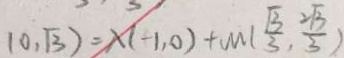
( 0 , \sqrt { 3 } ) = \lambda ( - 1 , 0 ) + m ( \frac { \sqrt { 3 } } { 3 } , \frac { 2 \sqrt { 3 } } { 3 } )